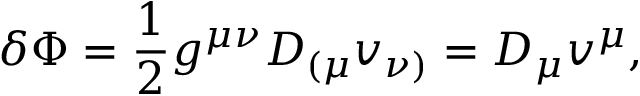
\delta \Phi = \frac { 1 } { 2 } g ^ { \mu \nu } D _ { ( \mu } v _ { \nu ) } = D _ { \mu } v ^ { \mu } ,